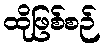
ထိုဖြစ်စဉ်